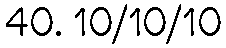
40. 10/10/10